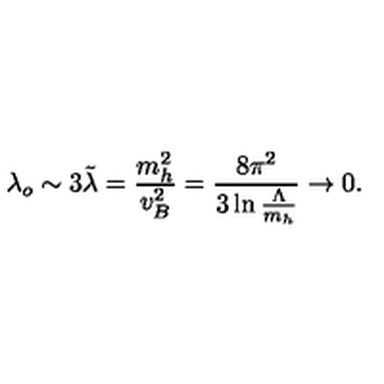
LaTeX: \lambda _ { o } \sim 3 \tilde { \lambda } = { \frac { m _ { h } ^ { 2 } } { v _ { B } ^ { 2 } } } = { \frac { 8 \pi ^ { 2 } } { 3 \ln { \frac { \Lambda } { m _ { h } } } } } \to 0 .